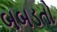
બબડતો